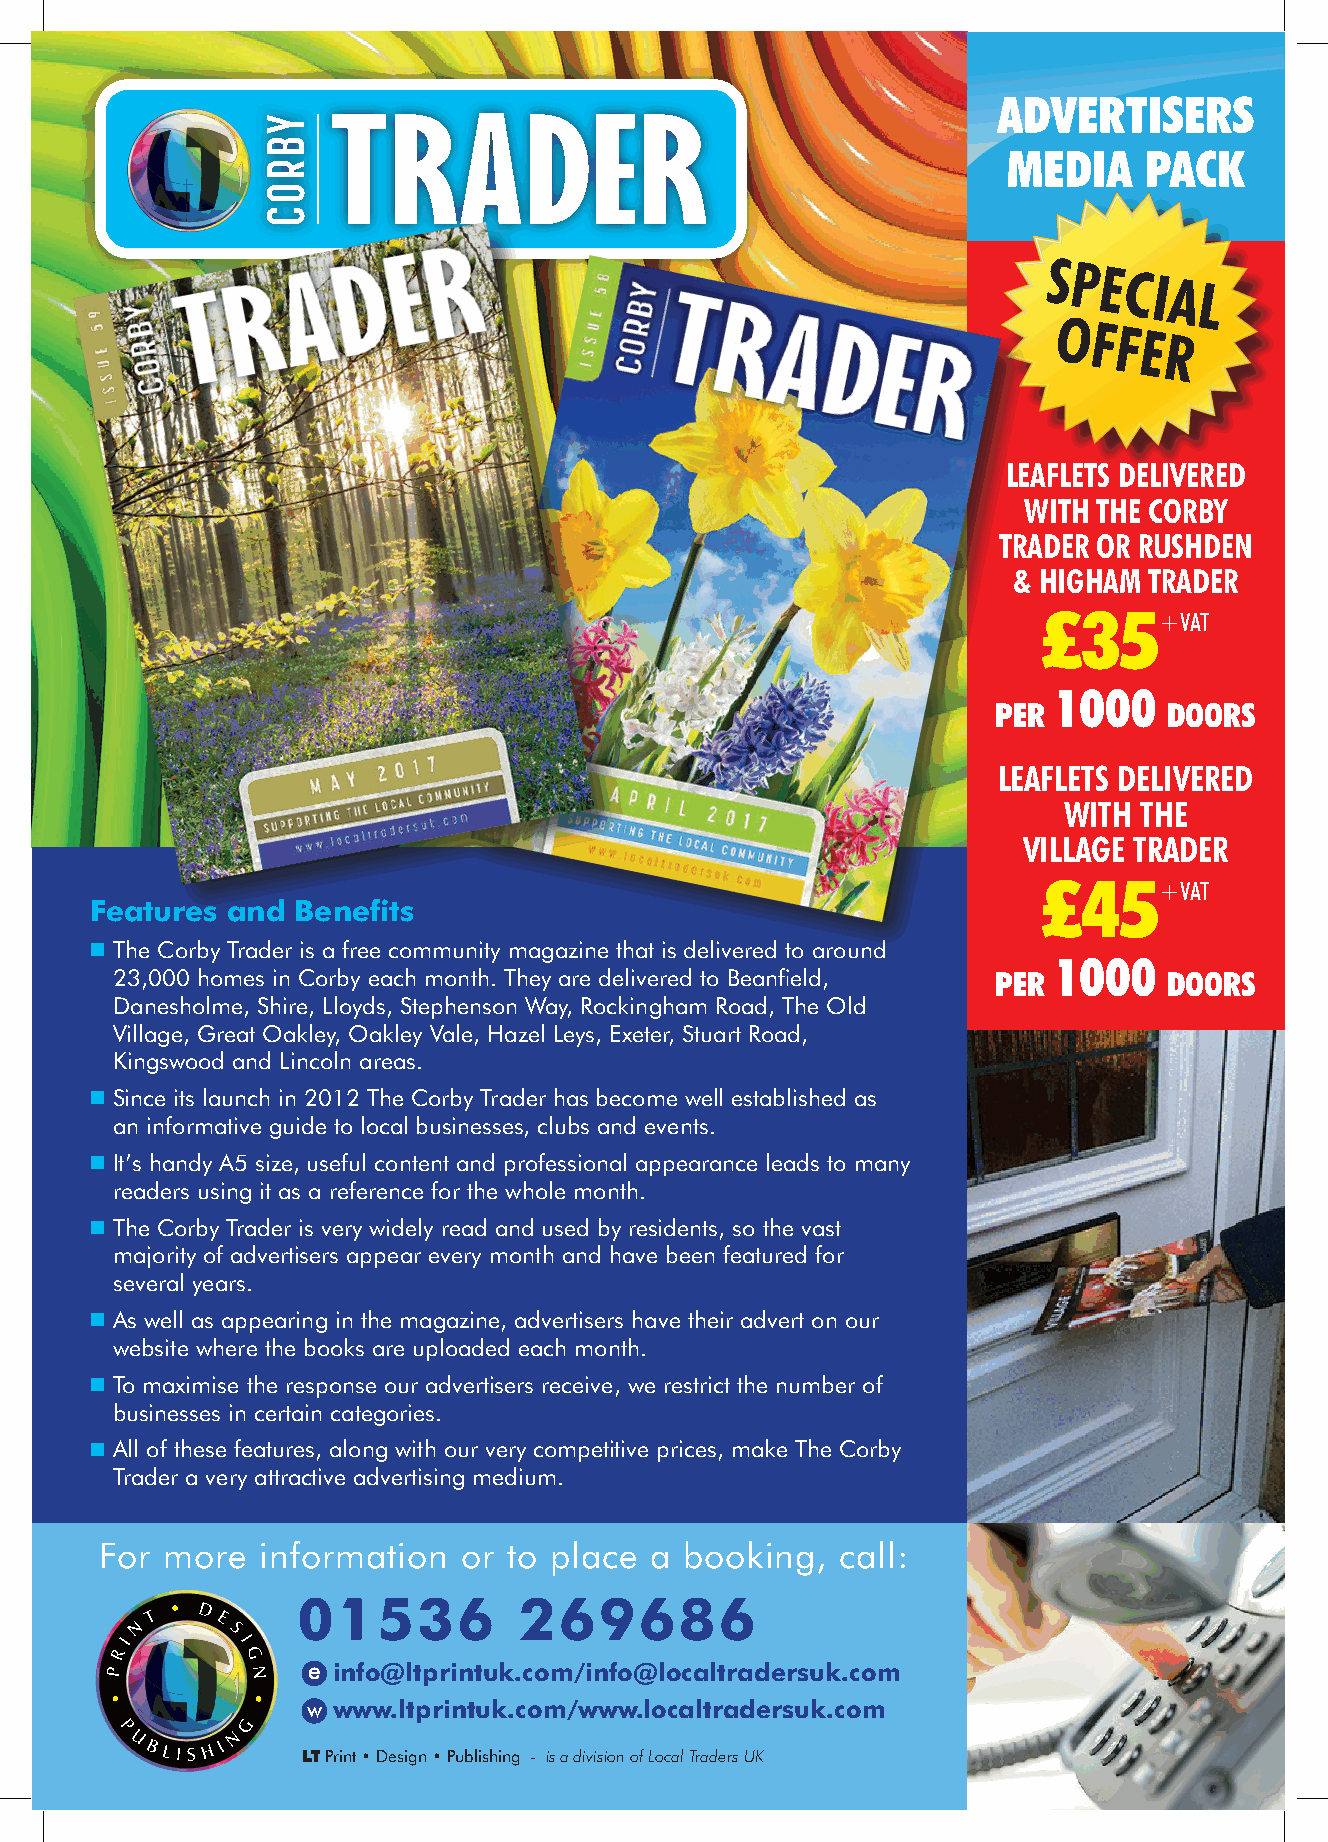
ADVERTISERS
 MEDIA    PACK
 SPECIAL
 OFFER
 LEAFLETS DELIVERED
 WITH THE CORBY
 TRADER OR RUSHDEN
 & HIGHAM TRADER
 £35+VAT
 1000
 PER        DOORS
 LEAFLETS DELIVERED
 WITH THE
 VILLAGE TRADER
 £45+VAT
 Features and Benefits
 n The Corby Trader is a free community magazine that is delivered to around
 1000
 23,000 homes in Corby each month. They are delivered to Beanfield, PER DOORS
 Danesholme, Shire, Lloyds, Stephenson Way, Rockingham Road, The Old
 Village, Great Oakley, Oakley Vale, Hazel Leys, Exeter, Stuart Road,
 Kingswood and Lincoln areas.
 n Since its launch in 2012 The Corby Trader has become well established as
 an informative guide to local businesses, clubs and events.
 n It’s handy A5 size, useful content and professional appearance leads to many
 readers using it as a reference for the whole month.
 n The Corby Trader is very widely read and used by residents, so the vast
 majority of advertisers appear every month and have been featured for
 several years.
 n As well as appearing in the magazine, advertisers have their advert on our
 website where the books are uploaded each month.
 n To maximise the response our advertisers receive, we restrict the number of
 businesses in certain categories.
 n All of these features, along with our very competitive prices, make The Corby
 Trader a very attractive advertising medium.
 For more  information   or to place a booking,   call:
 01536         269686
 e info@ltprintuk.com/info@localtradersuk.com
 w www.ltprintuk.com/www.localtradersuk.com
 LT Print • Design • Publishing - is a division of Local Traders UK